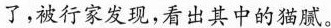
了，被行家发现，看出其中的猫腻